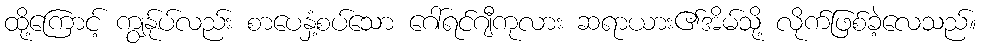
ထို့ကြောင့် ကျွန်ုပ်လည်း စာပေနှံ့စပ်သော ဂေါ်ရင်ဂျီကုလား ဆရာယား၏အိမ်သို့ လိုက်ဖြစ်ခဲ့လေသည်။